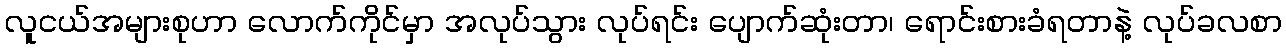
လူငယ်အများစုဟာ လောက်ကိုင်မှာ အလုပ်သွား လုပ်ရင်း ပျောက်ဆုံးတာ၊ ရောင်းစားခံရတာနဲ့ လုပ်ခလစာ